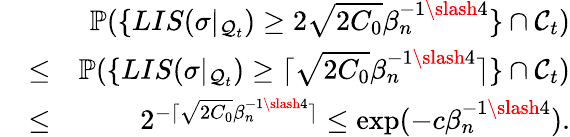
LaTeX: \begin{array}{rlr}&{}&{\mathbb{P}(\{ LIS(\sigma|_{\mathcal{Q}_{t}})\geq 2\sqrt{2C_{0}}\beta_{n}^{-1\slash 4}\} \cap\mathcal{C}_{t})}\\ &{\leq}&{\mathbb{P}(\{ LIS(\sigma|_{\mathcal{Q}_{t}})\geq\lceil\sqrt{2C_{0}}\beta_{n}^{-1\slash 4}\rceil\} \cap\mathcal{C}_{t})}\\ &{\leq}&{2^{-\lceil\sqrt{2C_{0}}\beta_{n}^{-1\slash 4}\rceil}\leq\exp(-c\beta_{n}^{-1\slash 4}).}\end{array}